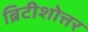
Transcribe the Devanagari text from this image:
ब्रिटीशोत्तर